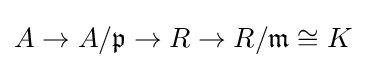
A\to A/{\mathfrak {p}}\to R\to R/{\mathfrak {m}}\cong K